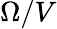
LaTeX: \Omega/V